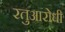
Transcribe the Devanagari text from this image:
रतुआरोधी